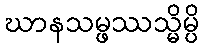
ဃာနသမ္ဖဿသ္မိမ္ပိ